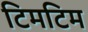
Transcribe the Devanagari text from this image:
टिमटिम